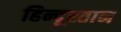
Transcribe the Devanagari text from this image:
हिन्दूस्तान